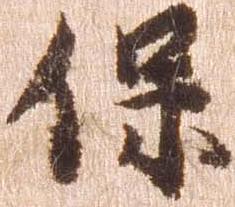
保